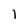
Character: l